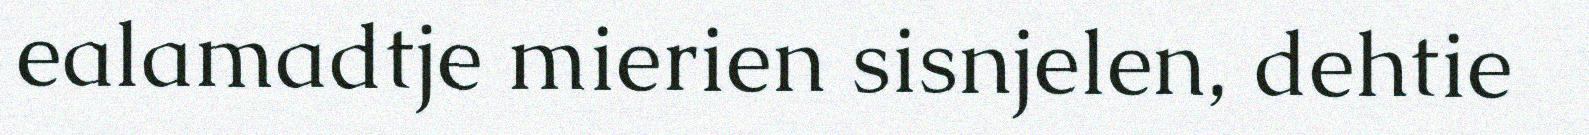
ealamadtje mierien sisnjelen, dehtie